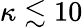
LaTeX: \kappa\lesssim 10